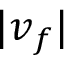
| \boldsymbol v _ { f } |